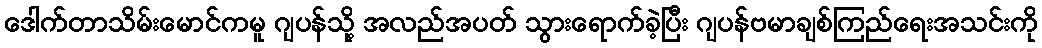
ဒေါက်တာသိမ်းမောင်ကမူ ဂျပန်သို့ အလည်အပတ် သွားရောက်ခဲ့ပြီး ဂျပန်ဗမာချစ်ကြည်ရေးအသင်းကို